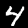
Digit: 4